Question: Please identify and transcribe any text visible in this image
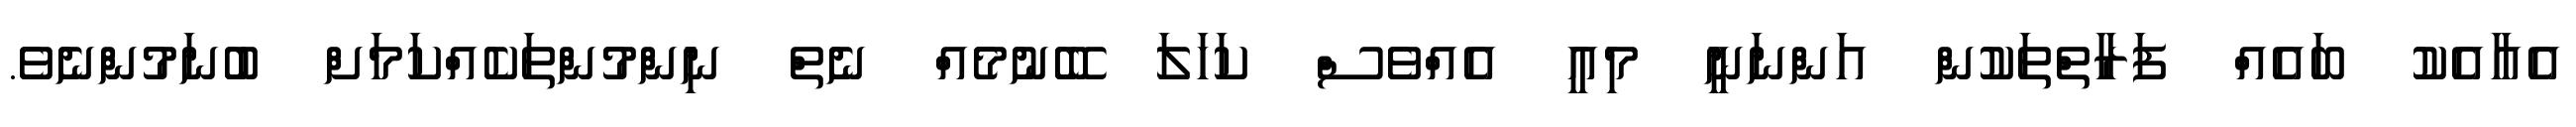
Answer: އެއާއެކު ބައެއް ފަރާތްތަކުން އަންނަނީ މިއީ އެއްވެސް ކަހަލަ ބޭނުމެއް ނެތް ނިންމުންތަކެއްކަމަށް ބުނަމުންނެވެ.